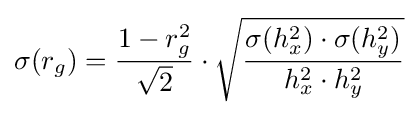
\sigma (r_{g})={\frac {1-r_{g}^{2}}{\sqrt {2}}}\cdot {\sqrt {\frac {\sigma (h_{x}^{2})\cdot \sigma (h_{y}^{2})}{h_{x}^{2}\cdot h_{y}^{2}}}}